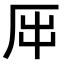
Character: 𠩀